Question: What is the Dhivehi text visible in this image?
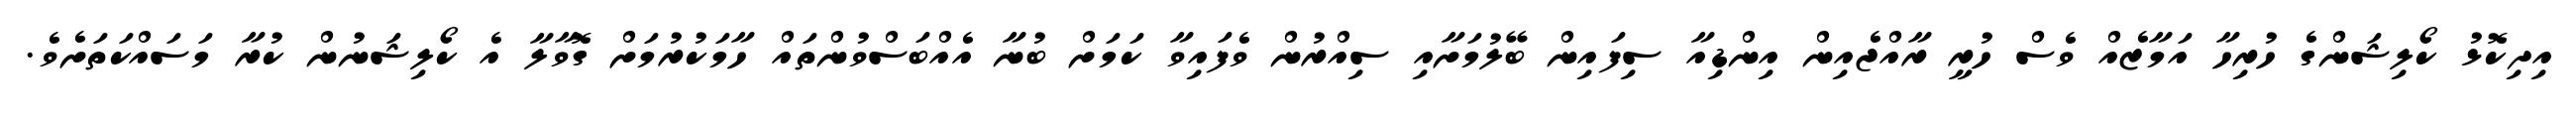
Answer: އިދިކޮޅު ކޯލިޝަންގެ ހުރިހާ އަމާޒެއް ވެސް ހުރީ ރާއްޖެއިން އިންޑިއާ ސިފައިން ބޭލުމަށާއި ސިއްރުން ވެފައިވާ ކަމަށް ބުނާ އެއްބަސްވުންތައް ހާމަކުރުމަށް ގޮވާލާ އެ ކޯލިޝަނުން ކުރާ މަސައްކަތަށެވެ.